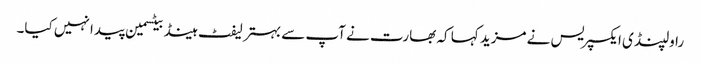
راولپنڈی ایکسپریس نے مزید کہا کہ بھارت نے آپ سے بہتر لیفٹ ہینڈ بیٹسمین پیدا نہیں کیا۔